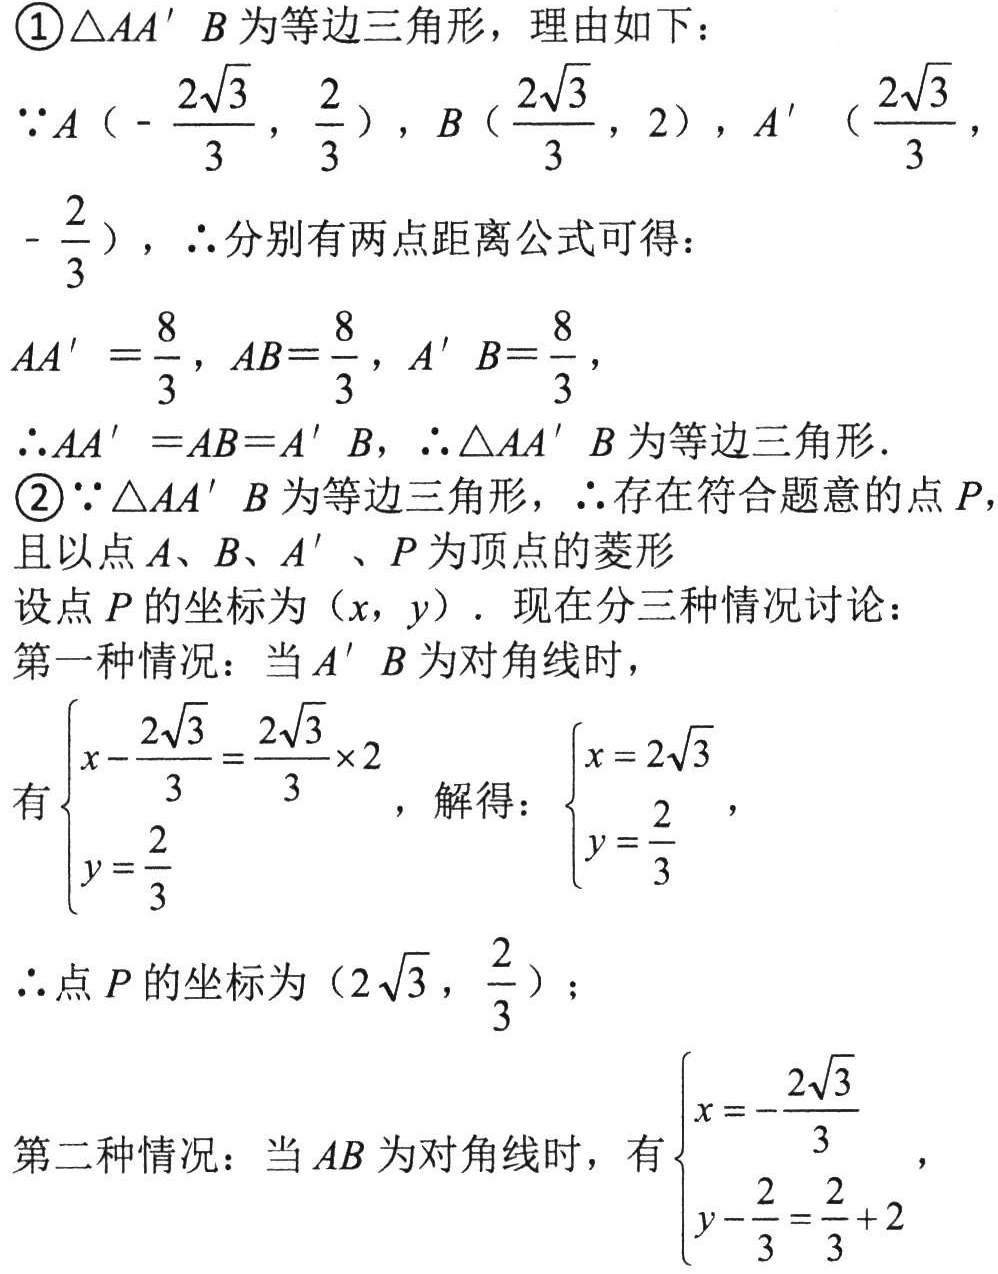
\textcircled{1}$\triangle AA'B$为等边三角形，理由如下：
$\because A\left(-\frac{2\sqrt{3}}{3},\frac{2}{3}\right),B\left(\frac{2\sqrt{3}}{3},2\right),A'\left(\frac{2\sqrt{3}}{3},-\frac{2}{3}\right)$，$\therefore$分别有两点距离公式可得：
$AA'=\frac{8}{3},AB = \frac{8}{3},A'B=\frac{8}{3}$，
$\therefore AA'=AB = A'B$，$\therefore\triangle AA'B$为等边三角形．
\textcircled{2}$\because\triangle AA'B$为等边三角形，$\therefore$存在符合题意的点$P$，
且以点$A、B、A'、P$为顶点的菱形
设点$P$的坐标为$(x,y)$．现在分三种情况讨论：
第一种情况：当$A'B$为对角线时，
有$\begin{cases}x-\frac{2\sqrt{3}}{3}=\frac{2\sqrt{3}}{3}\times2\\y = \frac{2}{3}\end{cases}$，解得：$\begin{cases}x = 2\sqrt{3}\\y=\frac{2}{3}\end{cases}$，
$\therefore$点$P$的坐标为$\left(2\sqrt{3},\frac{2}{3}\right)$；
第二种情况：当$AB$为对角线时，有$\begin{cases}x=-\frac{2\sqrt{3}}{3}\\y-\frac{2}{3}=\frac{2}{3}+2\end{cases}$，